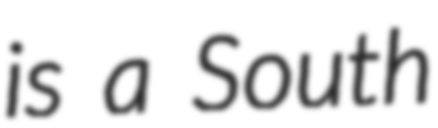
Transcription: is a South